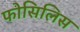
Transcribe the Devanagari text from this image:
फोसिलिस